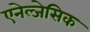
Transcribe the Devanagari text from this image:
एनेल्जेसिक